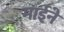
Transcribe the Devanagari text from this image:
माईने